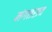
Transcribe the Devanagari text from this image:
मंगतराव